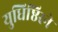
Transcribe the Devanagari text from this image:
युधिष्ठिरने